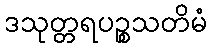
ဒသုတ္တရပဉ္စသတိမံ